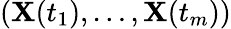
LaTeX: (\mathbf{X}(t_{1}),\ldots,\mathbf{X}(t_{m}))